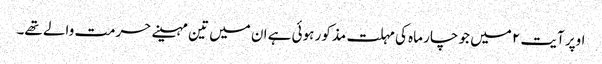
اوپر آیت ۲ میں جو چار ماہ کی مہلت مذکور ہوئی ہے ان میں تین مہینے حرمت والے تھے۔